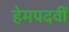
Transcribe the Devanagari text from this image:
हेमपदवीं